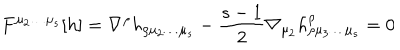
F ^ { \mu _ { 2 } \ldots \mu _ { s } } [ h ] = \nabla ^ { \rho } h _ { \rho \mu _ { 2 } \ldots \mu _ { s } } - { \frac { s - 1 } { 2 } } \nabla _ { \mu _ { 2 } } h _ { \rho \mu _ { 3 } \ldots \mu _ { s } } ^ { \rho } = 0